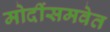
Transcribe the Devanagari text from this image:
मोदींसमवेत